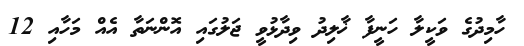
ހާމިދުގެ ވަކީލާ ހަނީފާ ޚާލިދު ވިދާޅުވީ ޖަލުގައި އޮންނަތާ އެއް މަހާއި 12